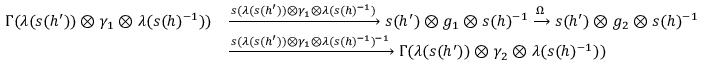
\begin{array} { r l } { \Gamma ( \lambda ( s ( h ^ { \prime } ) ) \otimes \gamma _ { 1 } \otimes \lambda ( s ( h ) ^ { - 1 } ) ) } & { \xrightarrow { s ( \lambda ( s ( h ^ { \prime } ) ) \otimes \gamma _ { 1 } \otimes \lambda ( s ( h ) ^ { - 1 } ) } s ( h ^ { \prime } ) \otimes g _ { 1 } \otimes s ( h ) ^ { - 1 } \xrightarrow { \Omega } s ( h ^ { \prime } ) \otimes g _ { 2 } \otimes s ( h ) ^ { - 1 } } \\ & { \xrightarrow { s ( \lambda ( s ( h ^ { \prime } ) ) \otimes \gamma _ { 1 } \otimes \lambda ( s ( h ) ^ { - 1 } ) ^ { - 1 } } \Gamma ( \lambda ( s ( h ^ { \prime } ) ) \otimes \gamma _ { 2 } \otimes \lambda ( s ( h ) ^ { - 1 } ) ) } \end{array}